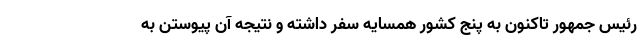
رئیس جمهور تاکنون به پنج کشور همسایه سفر داشته و نتیجه آن پیوستن به